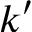
k ^ { \prime }